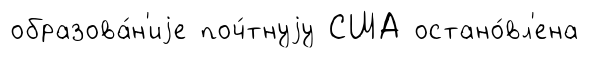
образова́н'иjе поч́тнуjу США остано́вл'ена